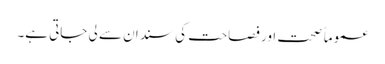
عموماً صحت اور فصاحت کی سند ان سے لی جاتی ہے۔